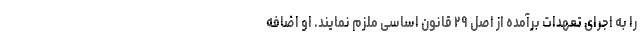
را به اجرای تعهدات برآمده از اصل ۲۹ قانون اساسی ملزم نمایند. او اضافه